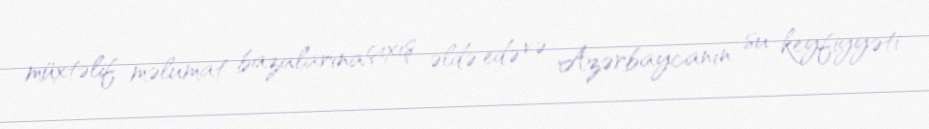
müxtəlif məlumat bazalarına çıxış əldə edə və Azərbaycanın su keyfiyyəti